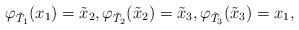
\begin{align*}\varphi_{\tilde T_1}(x_1)=\tilde x_{2},\varphi_{\tilde T_2}(\tilde x_2)=\tilde x_3,\varphi_{\tilde T_3}(\tilde x_3)=x_1,\end{align*}